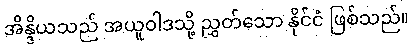
အိန္ဒိယသည် အယူဝါဒသို့ ညွှတ်သော နိုင်ငံ ဖြစ်သည်။